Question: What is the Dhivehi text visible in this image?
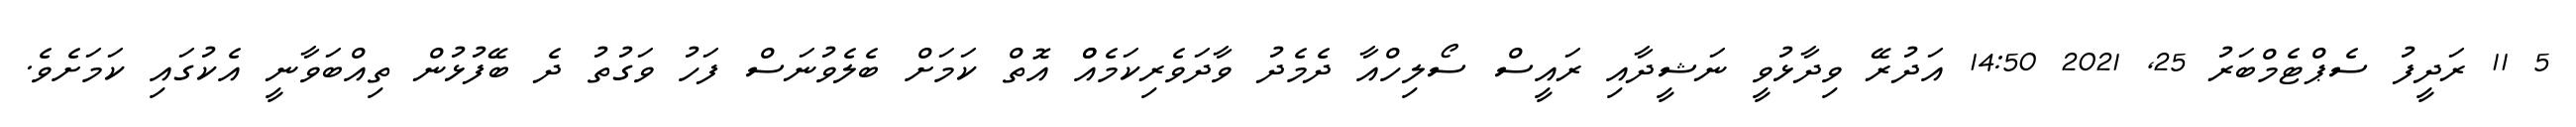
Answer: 5 11 ރަދީފު ސެޕްޓެމްބަރު 25, 2021 14:50 އަދުރޭ ވިދާޅުވީ ނަޝީދާއި ރައީސް ސޯލިހްއާ ދެމެދު ވާދަވެރިކަމެއްް އޮތް ކަމަށް ބެލެވުނަސް ފަހު ވަގުތު ދެ ބޭފުޅުން ތިއްބަވާނީ އެކުގައި ކަމަށެވެ.